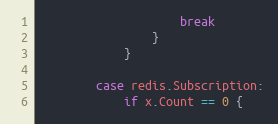
Language: Go
					break
				}
			}

		case redis.Subscription:
			if x.Count == 0 {